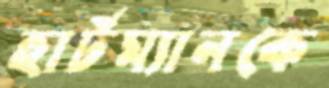
হার্টম্যানকে